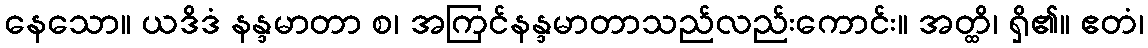
နေသော။ ယဒိဒံ နန္ဒမာတာ စ၊ အကြင်နန္ဒမာတာသည်လည်းကောင်း။ အတ္ထိ၊ ရှိ၏။ ဧတံ၊